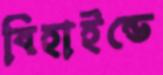
বিহাইন্ডে